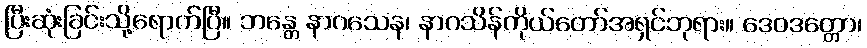
ပြီးဆုံးခြင်းသို့ရောက်ပြီ။ ဘန္တေ နာဂသေန၊ နာဂသိန်ကိုယ်တော်အရှင်ဘုရား။ ဒေဝဒတ္တော၊